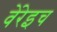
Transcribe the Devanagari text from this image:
वेंरेइच